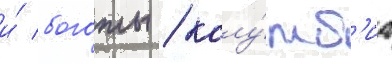
и́ боготы / колу́мб'иа